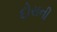
દોરાની